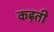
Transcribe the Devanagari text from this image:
कढ़ती